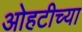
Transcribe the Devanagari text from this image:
ओहटीच्या